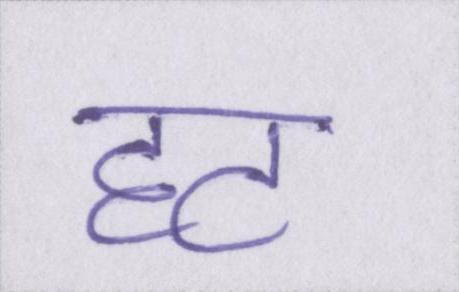
हट